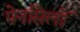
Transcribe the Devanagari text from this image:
पेनसिलों